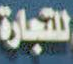
للتجارة